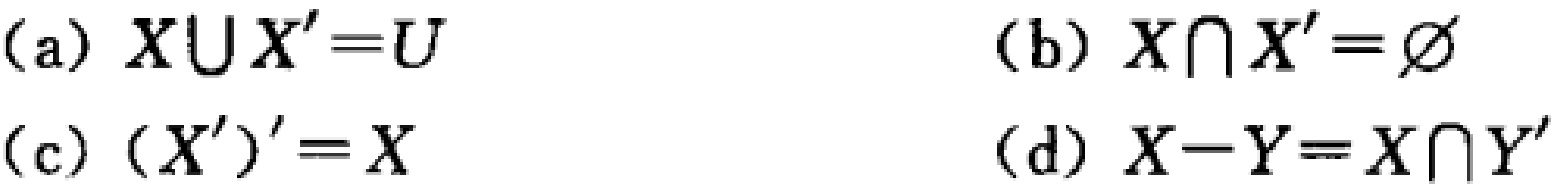
(a) \(X\cup X' = U\)

(b) \(X\cap X'=\varnothing\)

(c) \((X')' = X\)

(d) \(X - Y=X\cap Y'\)